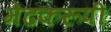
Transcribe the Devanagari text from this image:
मेंढकरूपी